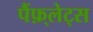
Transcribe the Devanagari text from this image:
पैंफ़्लेट्स